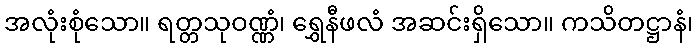
အလုံးစုံသော။ ရတ္တသုဝဏ္ဏံ၊ ရွှေနီဖလံ အဆင်းရှိသော။ ကသိတဋ္ဌာနံ၊